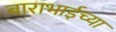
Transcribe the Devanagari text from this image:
बाराभाईच्या